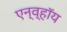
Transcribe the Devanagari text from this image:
एन्व्हॉय